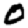
Digit: 0